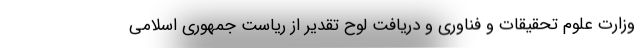
وزارت علوم تحقیقات و فناوری و دریافت لوح تقدیر از ریاست جمهوری اسلامی